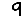
Digit: 9